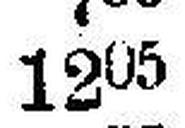
1205